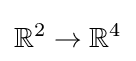
\mathbb {R} ^{2}\to \mathbb {R} ^{4}